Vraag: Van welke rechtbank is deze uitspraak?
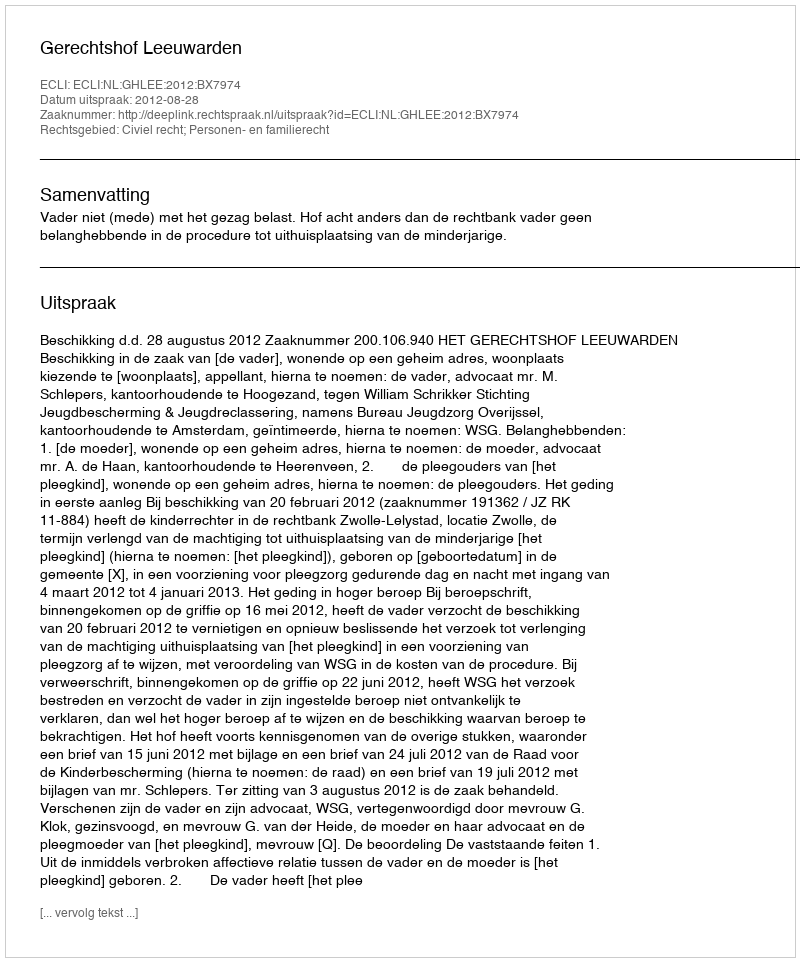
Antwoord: Gerechtshof Leeuwarden